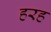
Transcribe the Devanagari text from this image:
हरह